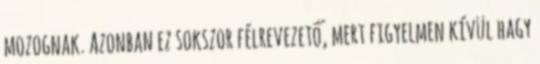
mozognak. Azonban ez sokszor félrevezető, mert figyelmen kívül hagy